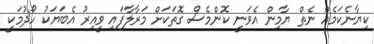
ކިޔާނެކަމެއް ނެތް ޔާމިން އެވަނީ ކޮންމެސް ގޮތަކަށް މަރާލާފައި ވީއިރު އެބަޔަކު ހޯދުމަކީ